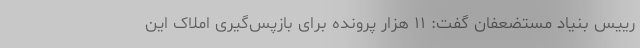
رییس بنیاد مستضعفان گفت: ۱۱ هزار پرونده برای بازپس‌گیری املاک این